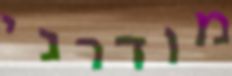
מודרני